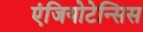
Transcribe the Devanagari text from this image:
एंजियोटेन्सिस